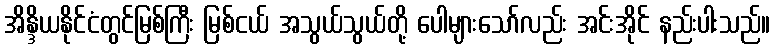
အိန္ဒိယနိုင်ငံတွင်မြစ်ကြီး မြစ်ငယ် အသွယ်သွယ်တို့ ပေါများသော်လည်း အင်းအိုင် နည်းပါးသည်။